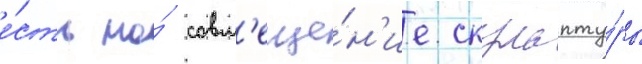
е́сть на́ совм'еще́н'ие скульпту́ры